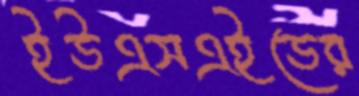
ইউএসএইডের